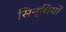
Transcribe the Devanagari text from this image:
सिन्धियों